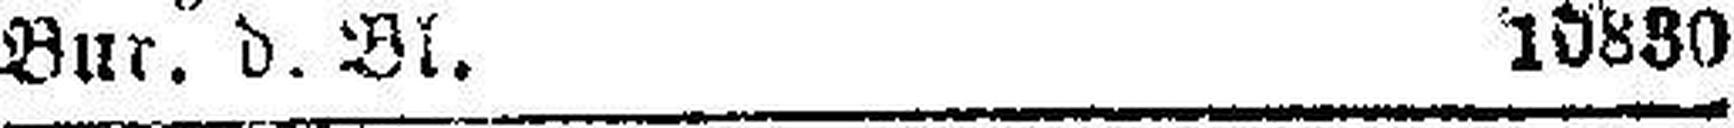
Bur. d. Bl. 10880